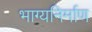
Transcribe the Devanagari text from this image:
भाग्यनिर्माण